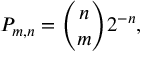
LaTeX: P _ { m , n } = { \binom { n } { m } } 2 ^ { - n } ,